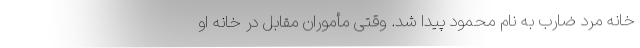
خانه مرد ضارب به نام محمود پیدا شد. وقتی مأموران مقابل در خانه او